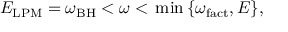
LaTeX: E _ { \mathrm { L P M } } = \omega _ { \mathrm { B H } } < \omega < \, \mathrm { m i n } \, \{ \omega _ { \mathrm { f a c t } } , E \} ,